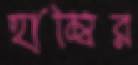
হাম্বির